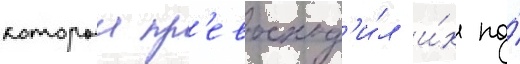
которыи пр'евосход'и́л и́х по́